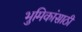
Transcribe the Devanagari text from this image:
भुमिकांसाठी